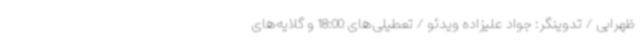
ظهرابی / تدوینگر: جواد علیزاده ویدئو / تعطیلی‌های 18:00 و گلایه‌های